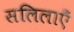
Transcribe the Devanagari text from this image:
सलिलाएँ